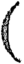
(